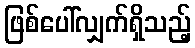
ဖြစ်ပေါ်လျှက်ရှိသည့်